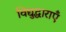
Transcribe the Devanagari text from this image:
विद्युद्धाराएँ